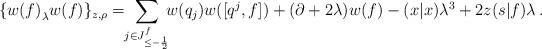
LaTeX: \begin{align*}\begin{array}{l}\displaystyle{\phantom{\Big(}\{{w(f)}_\lambda{w(f)}\}_{z,\rho}=\!\!\sum_{j\in J^f_{\leq-\frac12}}\!\!w(q_{j})w([q^{j},f])+(\partial+2\lambda)w(f)-(x|x)\lambda^3+2z(s|f)\lambda\,.}\end{array}\end{align*}